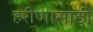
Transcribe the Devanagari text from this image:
हरीणासाठी